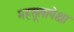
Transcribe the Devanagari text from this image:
महसूलापेक्षा